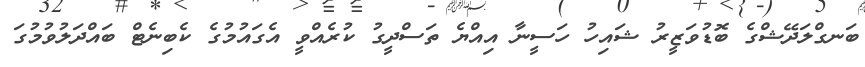
ބަނގްލަދޭޝްގެ ބޮޑުވަޒީރު ޝައިހު ހަސީނާ އިއްޔެ ތަސްދީގު ކުރެއްވީ އެގައުމުގެ ކެބިނެޓް ބައްދަލުވުމުގަ